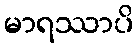
မာရဿာပိ